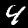
Label: 4